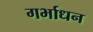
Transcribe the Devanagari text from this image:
गर्भाधन